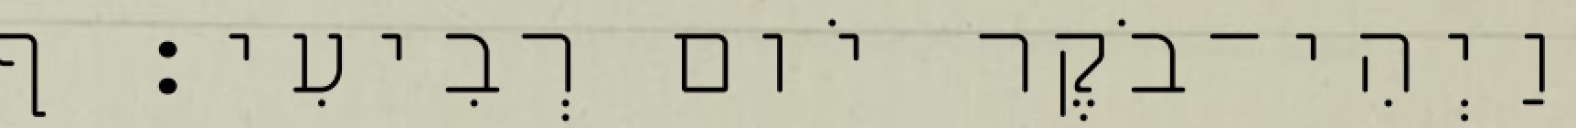
וַיְהִי־בֹקֶר יֹום רְבִיעִי׃ ף